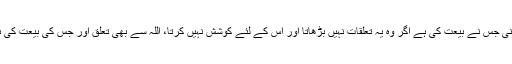
اگر ان تعلقات کو وہ (طالب) نہیں بڑھاتا اور کوشش نہیں کرتا‘‘ یعنی جس نے بیعت کی ہے اگر وہ یہ تعلقات نہیں بڑھاتا اور اس کے لئے کوشش نہیں کرتا، اللہ سے بھی تعلق اور جس کی بیعت کی ہے اُس سے بھی تعلق ’’تو اس کا شکوہ اور افسوس بے فائدہ ہے‘‘۔